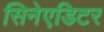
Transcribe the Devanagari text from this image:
सिनेएडिटर